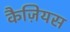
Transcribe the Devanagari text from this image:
कैज़ियस